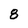
Character: 8